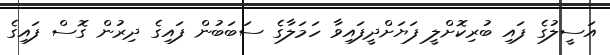
އަސީލުގެ ފައި ބުރިކޮށްލީ ފަޔަށްދީފައިވާ ހަމަލާގެ ސަބަބުން ފައިގެ ދިރުން ގޮސް ފައިގެ